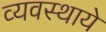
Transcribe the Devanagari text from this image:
व्यवस्थाये